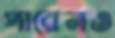
পারেনও